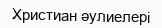
Христиан әулиелері